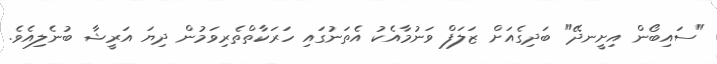
"ސައިބޯން އިށީނދޭ" ބަދިގެއަށް ޒަލަފް ވަނުމާއެކު އެތަނުގައި ހަރަކާތްތެރިވަމުން ދިޔަ އަރީޝާ ބުނެލިއެވެ.